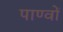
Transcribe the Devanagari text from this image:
पाण्वों